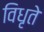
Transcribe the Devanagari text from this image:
विधृते